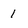
Character: 1